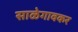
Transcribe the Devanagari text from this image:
साळेगावकर